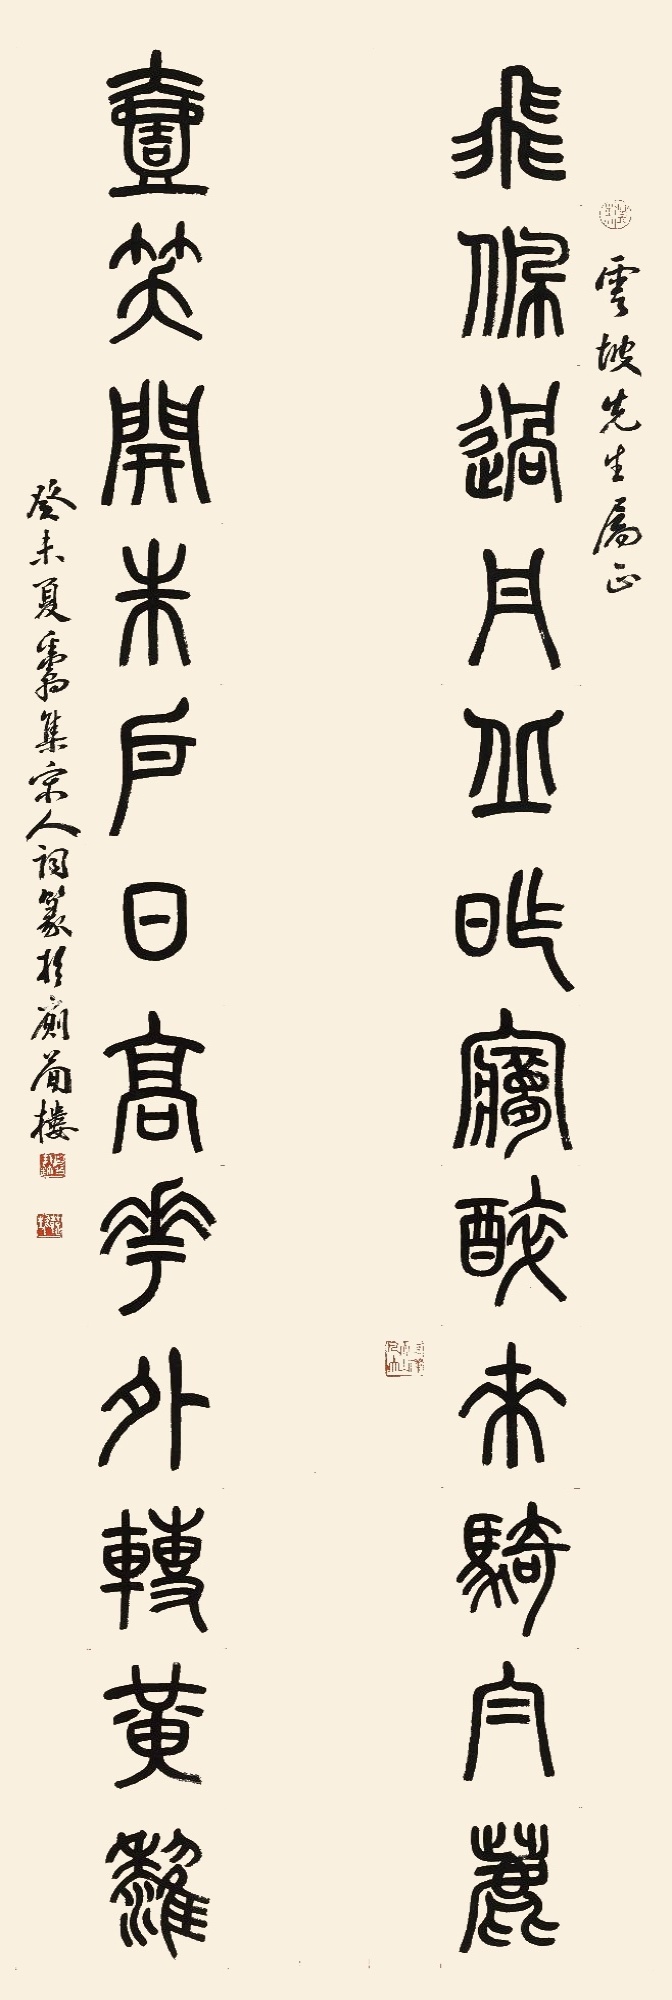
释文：飞佩过月丘，昨梦醉来骑白鹿。壹笑开朱户，日高花外转黄鹂。云坡先生属正。癸未夏粪翁集宋人词，篆于厕简楼。